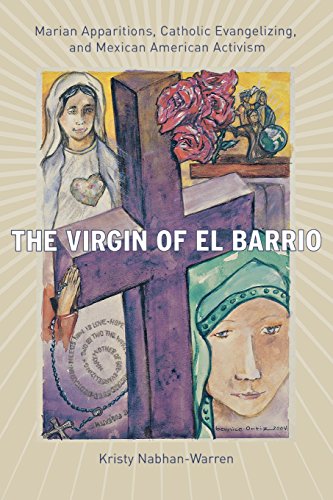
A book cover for The Virgin of El Barrio: Marian Apparitions, Catholic Evangelizing, and Mexican American Activism (Qualitative Studies in Religion); Kristy Nabhan-Warren; Christian Books & Bibles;